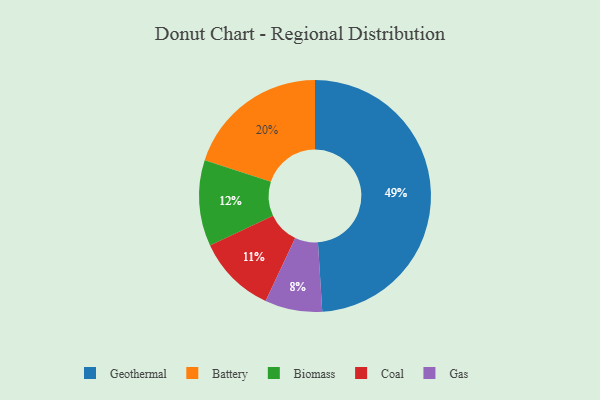
{"axis": {"x": "Category", "y": "Percentage"}, "legend": ["Battery", "Biomass", "Coal", "Gas", "Geothermal"], "data": [{"x": "Battery", "y": 20, "type": "Battery"}, {"x": "Gas", "y": 8, "type": "Gas"}, {"x": "Geothermal", "y": 49, "type": "Geothermal"}, {"x": "Coal", "y": 11, "type": "Coal"}, {"x": "Biomass", "y": 12, "type": "Biomass"}]}